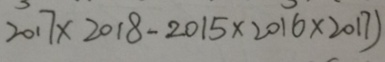
2 0 1 7 \times 2 0 1 8 - 2 0 1 5 \times 2 0 1 6 \times 2 0 1 7 )